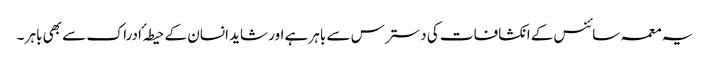
یہ معمہ سائنس کے انکشافات کی دسترس سے باہر ہے اور شاید انسان کے حیطہ ٴ ادراک سے بھی باہر ۔